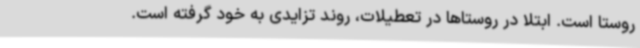
روستا است. ابتلا در روستاها در تعطیلات، روند تزایدی به خود گرفته است.